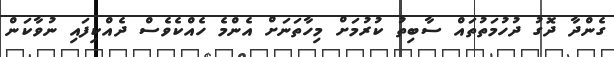
ގެންދާ ދޮގު ދުހުމަތުތައް ސާބިތު ކުރުމަށް މިހާތަނަށް އެންމެ ހެއްކެވެސް ދެއްކިފައި ނުވާކަން